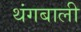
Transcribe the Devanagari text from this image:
थंगबाली